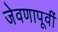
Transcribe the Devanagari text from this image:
जेवणापूर्वी